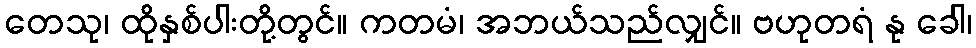
တေသု၊ ထိုနှစ်ပါးတို့တွင်။ ကတမံ၊ အဘယ်သည်လျှင်။ ဗဟုတရံ နု ခေါ၊